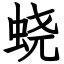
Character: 蛲